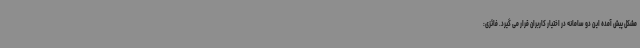
مشکل پیش آمده این دو سامانه در اختیار کاربران قرار می گیرد. فائزی: